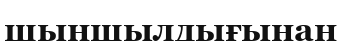
шыншылдығынан